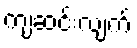
ကျဆင်းလျက်